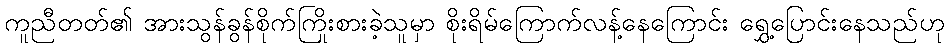
ကူညီတတ်၏ အားသွန်ခွန်စိုက်ကြိုးစားခဲ့သူမှာ စိုးရိမ်ကြောက်လန့်နေကြောင်း ရွှေ့ပြောင်းနေသည်ဟု